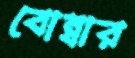
বোম্বার